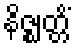
နိဇ္ဈတ္တိံ